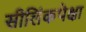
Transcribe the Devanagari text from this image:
सीलिंकपेक्षा